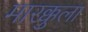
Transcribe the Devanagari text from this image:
मारक्कुला